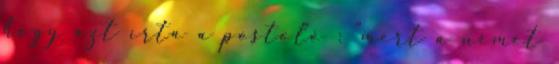
hogy azt írta a postoló : "mert a német